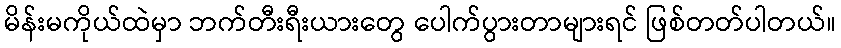
မိန်းမကိုယ်ထဲမှာ ဘက်တီးရီးယားတွေ ပေါက်ပွားတာများရင် ဖြစ်တတ်ပါတယ်။